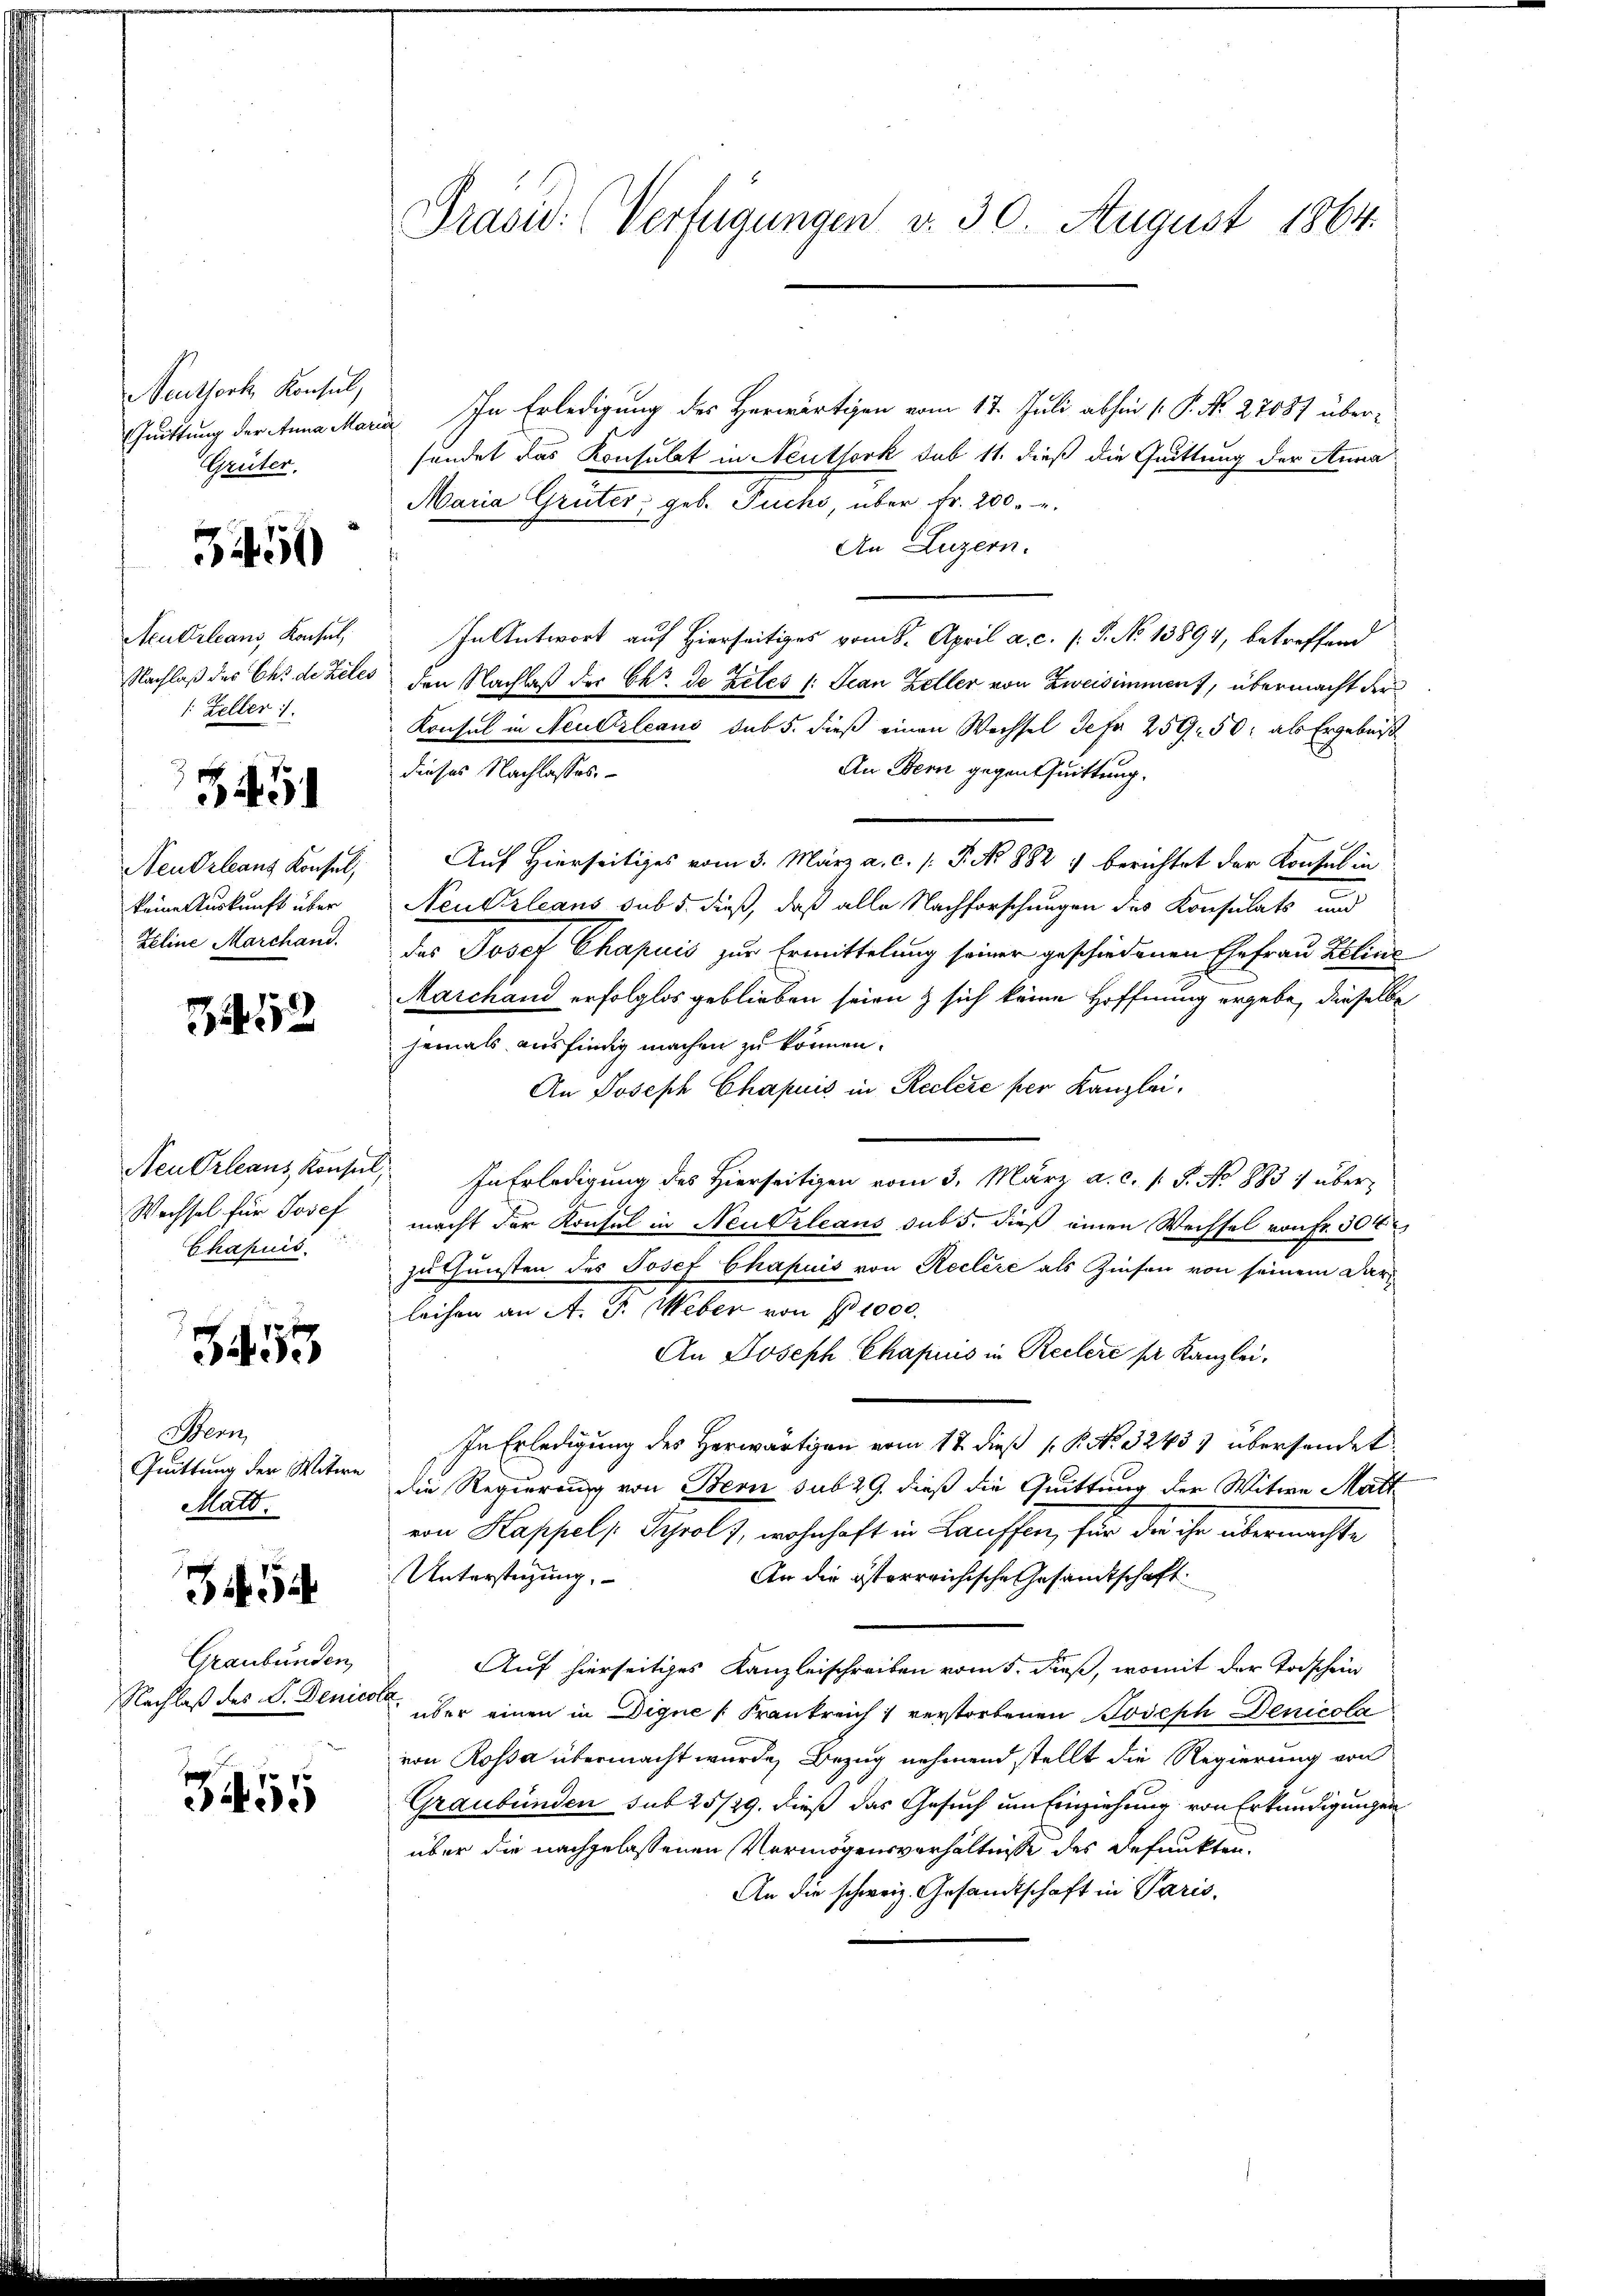
Neuthorte Konsul,
Quittung der Anna Mar
Grüter.

3450

AcuOrleans, Konsul,
Nachlaß des Chs de teles
Zeller :/.
345
Neudrleans Konsul,
keine Auskunft über
Zeline Marchand.

3452

Neu Orleans Konsul
Wechsel für Josef
Chapuis

53

Senn
Quittung der Witwe
Matt.
35
Graubünden,
Nachlaß des V. Denico

355

Präsid. (Verfügungen v. 30. August 1864.

In Erledigung des Herwärtigen vom 17. Juli abhin (P. Nr. 27087 übersendet das Konsulat in Neuthork sub 11. dieß die Quittung der Anna
Maria Grüter, geb. Fuchs, über Fr. 200.
An Luzern.
In Antwort auf Hierseitiges vom 8. April a. c. (T. No 13894, betreffend
den Nachlaß der Chr. de Zeles /: Jean Zeller von Zweisimmen), übermacht der
Konsul in Neubrleans sub 5. dieß einen Wechsel defer 259. 50. als Ergebnis
An Bern gegentuittung.
dieses Nachlasses.
Auf Hierseitiges vom 3. März a. c. /: P. No 882 :/ berichtet der Konsul in
Neukrleans sub 5. dieß, daß alle Nachforschungen des Konsulats und
das Josef Chapuis zur Ermittelung seiner geschiedenen Ehefrau Eelins
Marchand erfolglos geblieben seien & sich keine Hoffnung ergebe, dieselbe
jemals ausfindig machen zu können.
An Joseph Chapuis in Reclere per Kanzlei.
In Erledigung des Hierseitigen vom 3. März a. c. s. S. No. 1883 übermacht der Konsul in Neukrleans sub 5. dieß einen Wechsel von Fr. 304
zuthunsten des Josef Chapuis von Reclere als Zinsen von seinem Darleihen an A. F. Weber von § 1000.
An Joseph Chapius in Reclere pr Kanzlei.
In Erledigung des Herwärtigen vom 12. dieß P. P. Nr. 32433 übersendet
die Regierung von Bern sub 29. dieß die Quittung der Witwe Matt
von Kappel, Scholz, wohnhaft in Lauffen, für der ihr übermachte
Unterstüzung.
An die österreichische Gesandtschaft
Auf hierseitiges Kanzleischreiben vom 5. dieß, womit der Todschein
 über einen in Digne (Frankreich 1 verstorbenen Joseph Denicola
von Rossa übermacht wurde, Bezug nehmend stellt die Regierung von
Graubünden sub 25/29. dieß das Gesuch um Einziehung von Erkundigungen
über die nachgelassenen Vermögensverhältnisse des defunkten.
An die schweiz. Gesandtschaft in Paris,